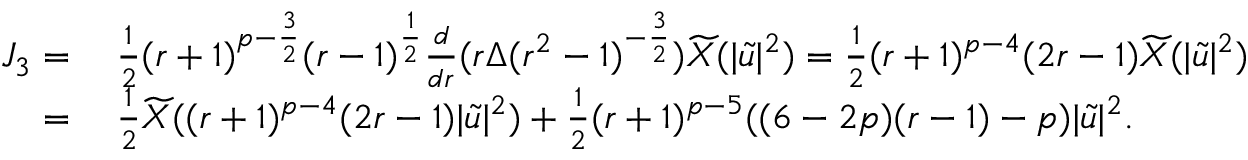
\begin{array} { r l } { J _ { 3 } = } & { \: \frac { 1 } { 2 } ( r + 1 ) ^ { p - \frac { 3 } { 2 } } ( r - 1 ) ^ { \frac { 1 } { 2 } } \frac { d } { d r } ( r \Delta ( r ^ { 2 } - 1 ) ^ { - \frac { 3 } { 2 } } ) \widetilde { X } ( | \widetilde { u } | ^ { 2 } ) = \frac { 1 } { 2 } ( r + 1 ) ^ { p - 4 } ( 2 r - 1 ) \widetilde { X } ( | \widetilde { u } | ^ { 2 } ) } \\ { = } & { \: \frac { 1 } { 2 } \widetilde { X } ( ( r + 1 ) ^ { p - 4 } ( 2 r - 1 ) | \widetilde { u } | ^ { 2 } ) + \frac { 1 } { 2 } ( r + 1 ) ^ { p - 5 } ( ( 6 - 2 p ) ( r - 1 ) - p ) | \widetilde { u } | ^ { 2 } . } \end{array}